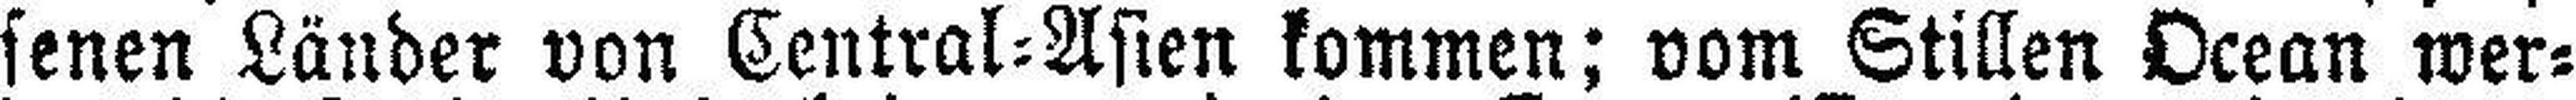
senen Länder von Central=Asien kommen; vom Stillen Ocean wer¬